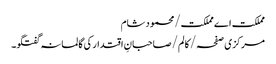
مملکت اے مملکت/محمود شام
مرکزی صفحہ/ کالم/صاحبانِ اقتدار کی گالمانہ گفتگو۔